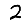
Digit: 2